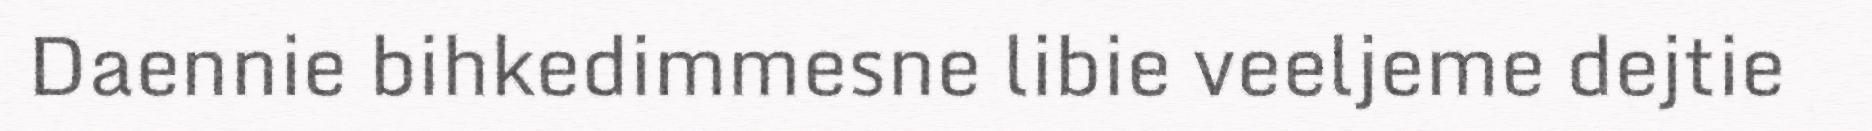
Daennie bihkedimmesne libie veeljeme dejtie